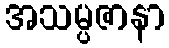
အသမ္ပဇာနာ